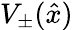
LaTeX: V_{\pm}(\hat{x})